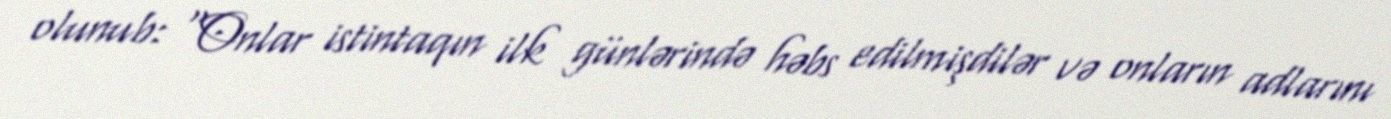
olunub: “Onlar istintaqın ilk günlərində həbs edilmişdilər və onların adlarını